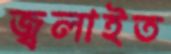
জ্বলাইত